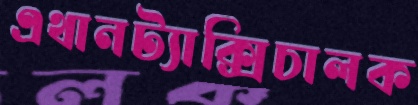
এথানট্যাক্সিচালক